Senior Leaving Certificate Examination (including Day School Certificate (Higher) General paper), 1948
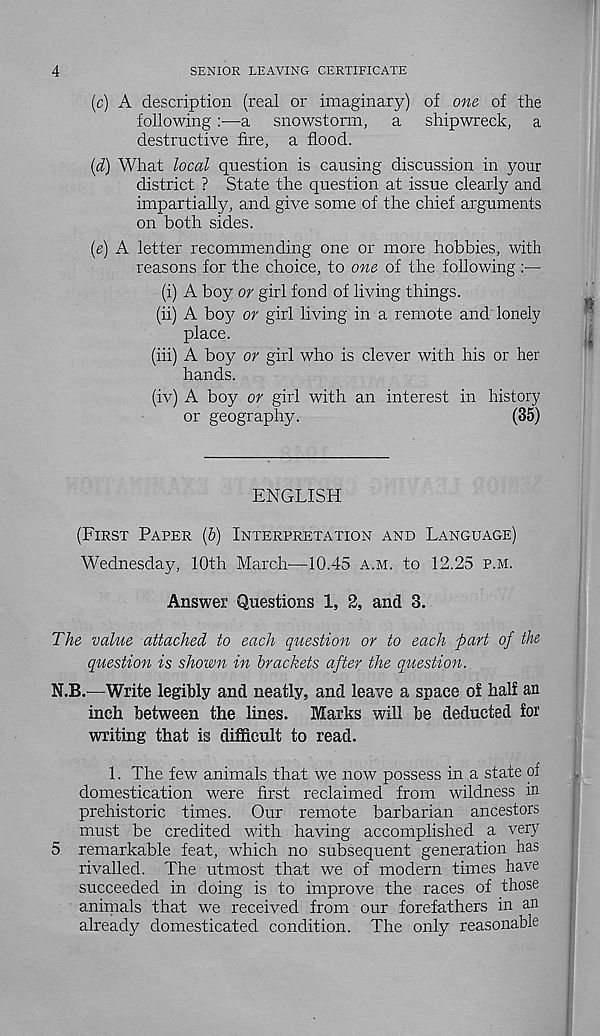
4
SENIOR LEAVING CERTIFICATE
(c) A description (real or imaginary) of one of the
following:—a snowstorm, a shipwreck, a
destructive fire, a flood.
(d) What local question is causing discussion in your
district ? State the question at issue clearly and
impartially, and give some of the chief arguments
on both sides.
(e) A letter recommending one or more hobbies, with
reasons for the choice, to one of the following
(i) A boy or girl fond of living things.
(ii) A boy or girl living in a remote and lonely
place.
(iii) A boy or girl who is clever with his or her
hands.
(iv) A boy or girl with an interest in history
or geography.
(35)
ENGLISH
(FIRST PAPER (6) INTERPRETATION AND LANGUAGE)
Wednesday, 10th March—10.45 A.M. to 12.25 P.M.
Answer Questions 1, 2, and 3.
The value attached to each question or to each part of the
question is shown in brackets after the question.
N.B.—Write legibly and neatly, and leave a space of half an
inch between the lines. Marks will be deducted for
writing that is difficult to read.
1. The few animals that we now possess in a state of
domestication were first reclaimed from wildness in
prehistoric times. Our remote barbarian ancestors
must be credited with having accomplished a very
5 remarkable feat, which no subsequent generation has
rivalled. The utmost that we of modern times have
succeeded in doing is to improve the races of those
animals that we received from our forefathers in an
already domesticated condition. The only reasonable